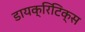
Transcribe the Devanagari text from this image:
डायक्रिटिक्स